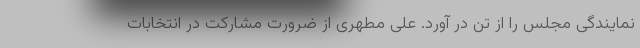
نمایندگی مجلس را از تن در آورد. علی مطهری از ضرورت مشارکت در انتخابات